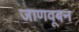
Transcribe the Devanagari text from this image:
जाणवूबन